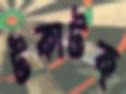
টকাটক্‌